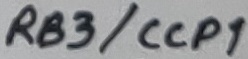
Text: RB3/CCP1